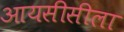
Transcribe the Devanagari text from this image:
आयसीसीला